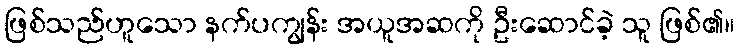
ဖြစ်သည်ဟူသော နက်ပကျွန်း အယူအဆကို ဦးဆောင်ခဲ့ သူ ဖြစ်၏။